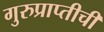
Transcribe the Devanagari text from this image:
गुरुप्राप्तीची